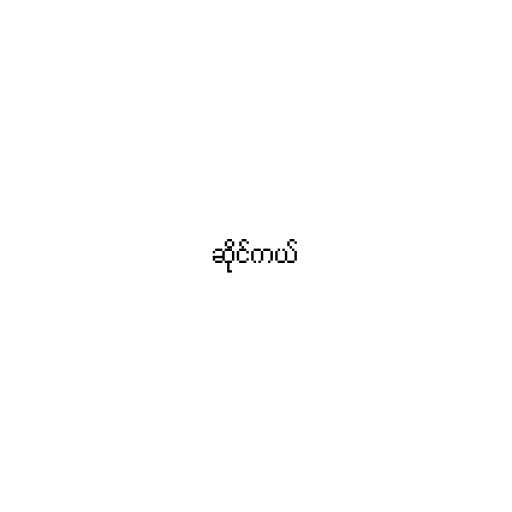
ဆိုင်ကယ်